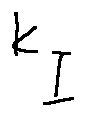
k _ { I }